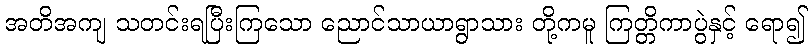
အတိအကျ သတင်းရပြီးကြသော ညောင်သာယာရွာသား တို့ကမူ ကြတ္တိကာပွဲနှင့် ရော၍